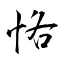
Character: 恪